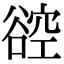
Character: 谾